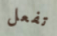
تفعل